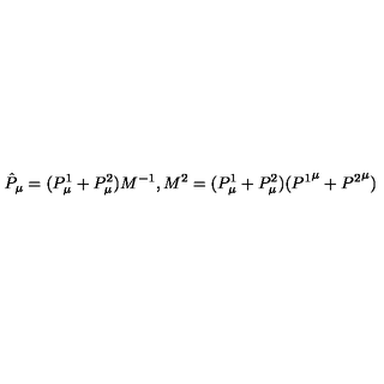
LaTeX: \hat { P } _ { \mu } = ( P _ { \mu } ^ { 1 } + P _ { \mu } ^ { 2 } ) M ^ { - 1 } , M ^ { 2 } = ( P _ { \mu } ^ { 1 } + P _ { \mu } ^ { 2 } ) ( { P ^ { 1 } } ^ { \mu } + { P ^ { 2 } } ^ { \mu } )